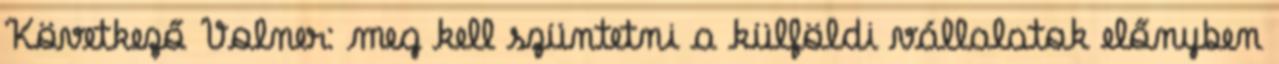
Következő Volner: meg kell szüntetni a külföldi vállalatok előnyben